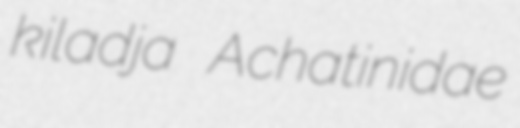
kiladja Achatinidae